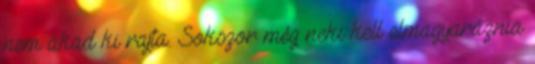
nem akad ki rajta. Sokszor még neki kell elmagyaráznia